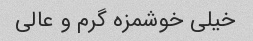
خیلی خوشمزه گرم و عالی